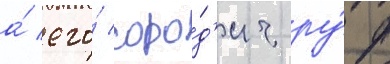
а́ его́ соро́д'ич ру́ф